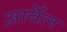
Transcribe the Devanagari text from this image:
आर्वेल